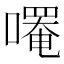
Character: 𫫼